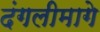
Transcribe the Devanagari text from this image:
दंगलीमागे